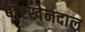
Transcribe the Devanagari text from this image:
बॉश्खेनदाल